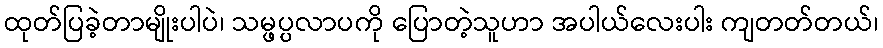
ထုတ်ပြခဲ့တာမျိုးပါပဲ၊ သမ္ဖပ္ပလာပကို ပြောတဲ့သူဟာ အပါယ်လေးပါး ကျတတ်တယ်၊